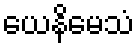
ယေနိမေသံ